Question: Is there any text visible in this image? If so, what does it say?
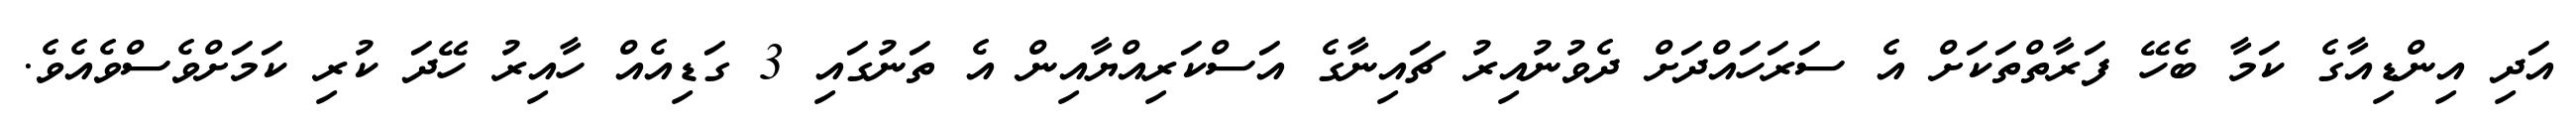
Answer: އަދި އިންޑިއާގެ ކަމާ ބެހޭ ފަރާތްތަކަށް އެ ސަރަހައްދަށް ދެވުނުއިރު ޗައިނާގެ އަސްކަރިއްޔާއިން އެ ތަނުގައި 3 ގަޑިއެއް ހާއިރު ހޭދަ ކުރި ކަމަށްވެސްވެއެވެ.